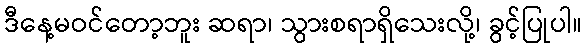
ဒီနေ့မဝင်တော့ဘူး ဆရာ၊ သွားစရာရှိသေးလို့၊ ခွင့်ပြုပါ။